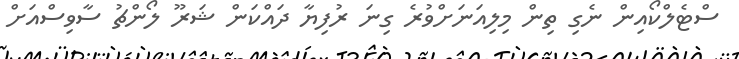
ސްޓެލްކޯއިން ނެގި ތިން މިލިއަނަށްވުރެ ގިނަ ރުފިޔާ ދައްކަން ޝަރޫ ލޯންޗު ސާވިސްއަށް